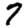
Digit: 7